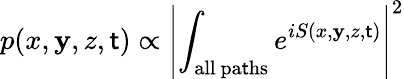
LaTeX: p(x,\mathbf{y},z,\mathsf{t})\propto\left\vert\int_{\mathrm{{all~pa\mathsf{t}hs}}}e^{iS(x,\mathbf{y},z,\mathsf{t})}\right\vert^{2}